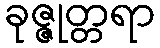
ခုဇ္ဇုတ္တရာ